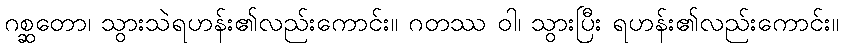
ဂစ္ဆတော၊ သွားသဲရဟန်း၏လည်းကောင်း။ ဂတဿ ဝါ၊ သွားပြီး ရဟန်း၏လည်းကောင်း။